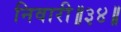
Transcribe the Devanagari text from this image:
निवारी॥३४॥